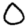
Digit: 0